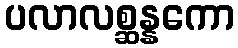
ပလာလစ္ဆန္နကော